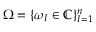
\Omega = \{ \omega _ { I } \in \mathbb { C } \} _ { I = 1 } ^ { n }